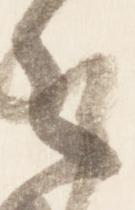
之